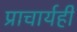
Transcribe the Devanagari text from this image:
प्राचार्यही